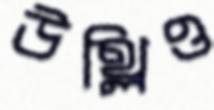
উথ্‌লিও